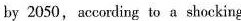
by 2050, according to a shccking